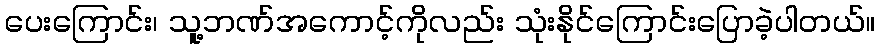
ပေးကြောင်း၊ သူ့ဘဏ်အကောင့်ကိုလည်း သုံးနိုင်ကြောင်းပြောခဲ့ပါတယ်။